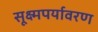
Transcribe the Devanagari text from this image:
सूक्ष्मपर्यावरण